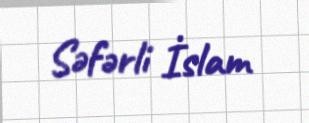
Səfərli İslam